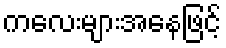
ကလေးများအနေဖြင့်